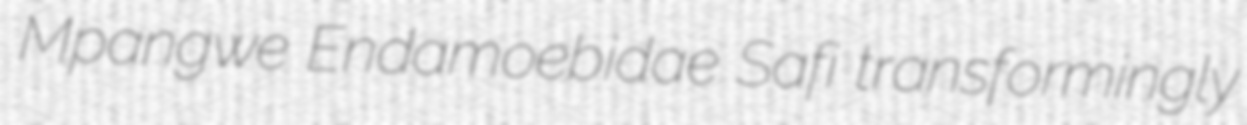
Mpangwe Endamoebidae Safi transformingly